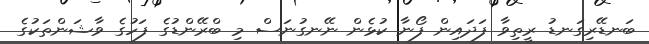
ބަނޑޭރިގަނޑު ރީތިވާ ފަދައިން ފޯނާ ކުޅެން ނޭނގުނަސް މި ބްރޭންޑުގެ ފަހުގެ ވާޝަންތަކުގެ